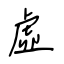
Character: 虛